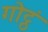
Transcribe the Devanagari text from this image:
गोट्ठं